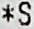
*S